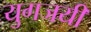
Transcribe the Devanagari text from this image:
युगजयी